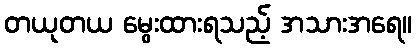
တယုတယ မွေးထားရသည့် အသားအရေ။